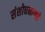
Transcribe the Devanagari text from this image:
संशोधनाकडे